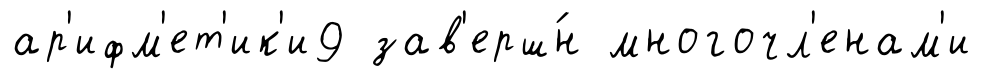
ар'ифм'ет'ик'и9 зав'ерш́н многочл'енам'и